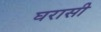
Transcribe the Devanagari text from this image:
घरासी